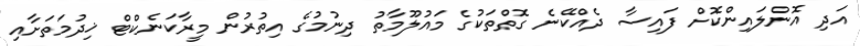
އަދި އޮންލައިންކޮށް ފައިސާ ދެއްކޭނެ ގޮތްތަކުގެ މައުލޫމާތު ދިނުމުގެ އިތުރުން މީރާކަނެކްޓް ޚިދުމަތަށާއި